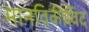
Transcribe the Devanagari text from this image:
मानविकीविद